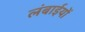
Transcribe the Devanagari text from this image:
लंबाईयों